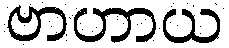
ဗာဟာယ